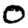
Digit: 0